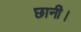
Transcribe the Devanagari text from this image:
छानी।